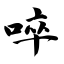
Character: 啐